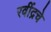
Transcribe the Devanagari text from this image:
रवींद्रचे